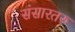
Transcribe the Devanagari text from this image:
संसारतरु